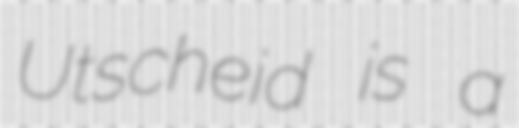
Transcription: Utscheid is a